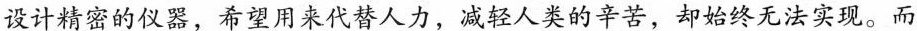
设计精密的仪器，希望用来代替人力，减轻人类的辛苦，却始终无法实现。而